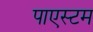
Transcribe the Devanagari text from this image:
पाएस्टम